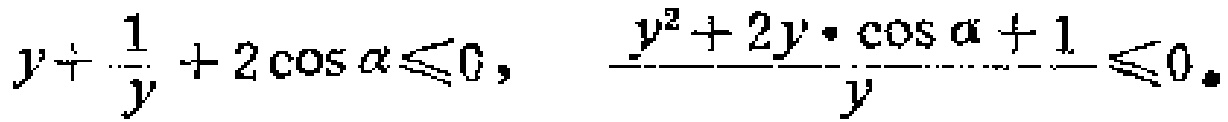
\(y + \frac{1}{y}+2\cos\alpha\leqslant0,\quad \frac{y^{2}+2y\cdot\cos\alpha + 1}{y}\leqslant0\)